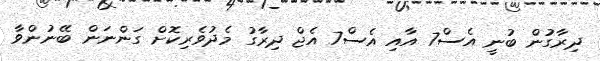
ދިރާގުން ބުނީ އެސް7 އާއި އެސް7 އެޖް ދިރާގު މެދުވެރިކޮށް ގަންނަން ބޭނުންވާ